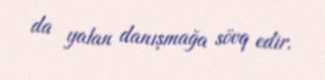
da yalan danışmağa sövq edir.